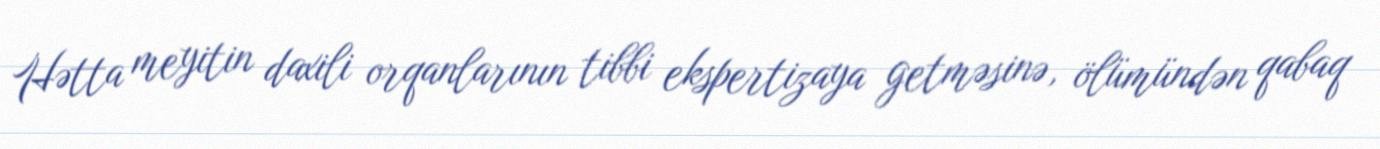
Hətta meyitin daxili orqanlarının tibbi ekspertizaya getməsinə, ölümündən qabaq